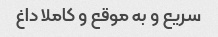
سریع و به موقع و کاملا داغ